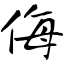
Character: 侮